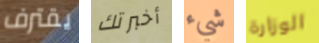
يقترف أخبرتك شيء الوزارة